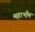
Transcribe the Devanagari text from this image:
महाभीम